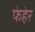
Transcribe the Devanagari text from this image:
फेहेर